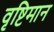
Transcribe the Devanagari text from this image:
वृष्टिमान